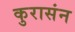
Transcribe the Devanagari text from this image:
कुरासंन